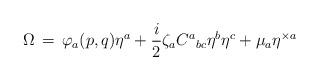
LaTeX: \begin{align*}\Omega\,=\,\varphi_a(p,q)\eta^a+\frac{i}{2}\zeta_aC^a{}_{bc}\eta^b\eta^c+\mu_a\eta^{\times a}\end{align*}